Vaccination in Bombay 1869-1873 - 1869-1873
Year: 1869
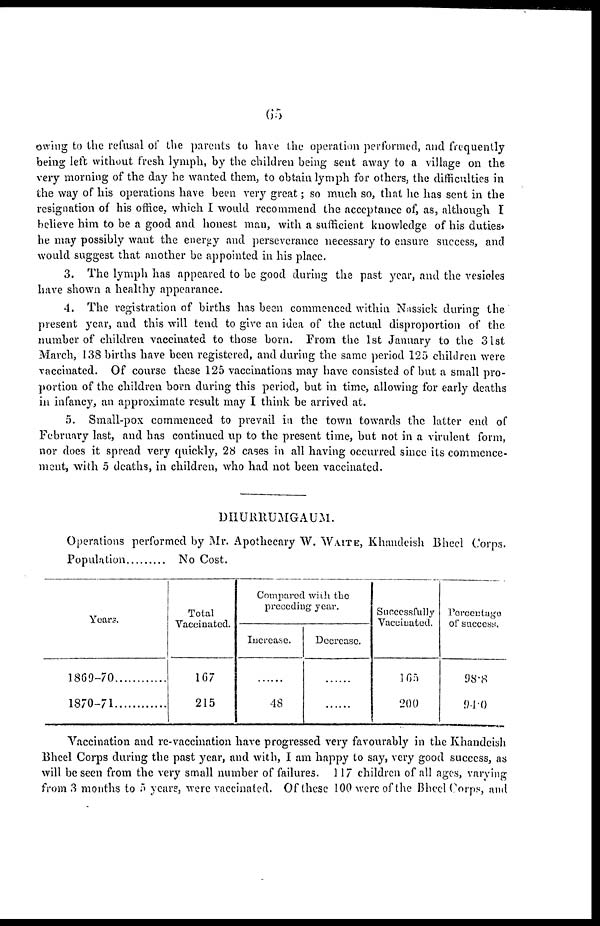
65
owing to the refusal of the parents to have the operation performed, and frequently
being left without fresh lymph, by the children being sent away to a village on the
very morning of the day he wanted them, to obtain lymph for others, the difficulties in
the way of his operations have been very great; so much so, that he has sent in the
resignation of his office, which I would recommend the acceptance of, as, although I
believe him to be a good and honest man, with a sufficient knowledge of his duties,
he may possibly want the energy and perseverance necessary to ensure success, and
would suggest that another be appointed in his place.
3. The lymph has appeared to be good during the past year, and the vesicles
have shown a healthy appearance.
4. The registration of births has been commenced within Nassick during the
present year, and this will tend to give an idea of the actual disproportion of the
number of children vaccinated to those born. From the 1st January to the 31st
March, 138 births have been registered, and during the same period 125 children were
vaccinated. Of course these 125 vaccinations may have consisted of but a small pro-
portion of the children born during this period, but in time, allowing for early deaths
in infancy, an approximate result may I think be arrived at.
5. Small-pox commenced to prevail in the town towards the latter end of
February last, and has continued up to the present time, but not in a virulent form,
nor does it spread very quickly, 28 cases in all having occurred since its commence-
ment, with 5 deaths, in children, who had not been vaccinated.
DHURRUMGAUM.
Operations performed by Mr. Apothecary W. WAITE, Khandeish Bheel Corps.
Population
No Cost.
Years.
1869-70
1870-71
Total
Vaccinated.
167
215
Compared with the
preceding year.
Increase.
......
48
Decrease.
......
......
Successfully
Vaccinated.
165
200
Percentage
of success.
98.8
94.0
Vaccination and re-vaccination have progressed very favourably in the Khandeish
Bheel Corps during the past year, and with, I am happy to say, very good success, as
will be seen from the very small number of failures. 117 children of all ages, varying
from 3 months to 5 years, were vaccinated. Of these 100 were of the Bheel Corps, and